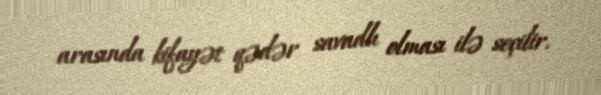
arasında kifayət qədər savadlı olması ilə seçilir.